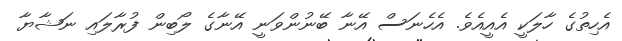
އެހިތުގެ ހާލަކީ އެއީއެވެ. އެހެނަސް އޭނާ ބޭނުންވަނީ އޭނާގެ ލޯބިން ފުރާލައި ނަޝާޔާ